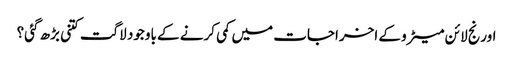
اورنج لائن میٹرو کے اخراجات میں کمی کرنے کے باوجود لاگت کتنی بڑھ گئی؟